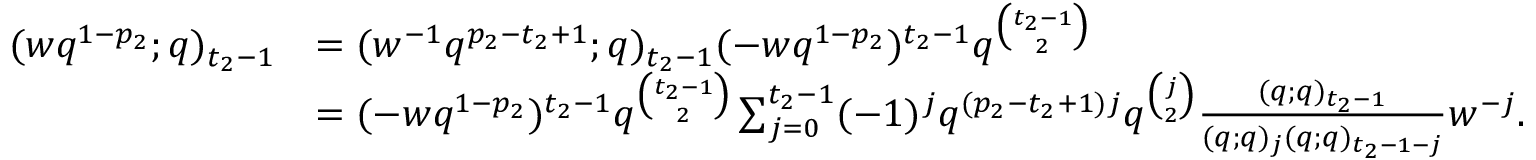
\begin{array} { r l } { ( w q ^ { 1 - p _ { 2 } } ; q ) _ { t _ { 2 } - 1 } } & { = ( w ^ { - 1 } q ^ { p _ { 2 } - t _ { 2 } + 1 } ; q ) _ { t _ { 2 } - 1 } ( - w q ^ { 1 - p _ { 2 } } ) ^ { t _ { 2 } - 1 } q ^ { \binom { t _ { 2 } - 1 } 2 } } \\ & { = ( - w q ^ { 1 - p _ { 2 } } ) ^ { t _ { 2 } - 1 } q ^ { \binom { t _ { 2 } - 1 } 2 } \sum _ { j = 0 } ^ { t _ { 2 } - 1 } ( - 1 ) ^ { j } q ^ { ( p _ { 2 } - t _ { 2 } + 1 ) j } q ^ { \binom { j } 2 } \frac { ( q ; q ) _ { t _ { 2 } - 1 } } { ( q ; q ) _ { j } ( q ; q ) _ { t _ { 2 } - 1 - j } } w ^ { - j } . } \end{array}